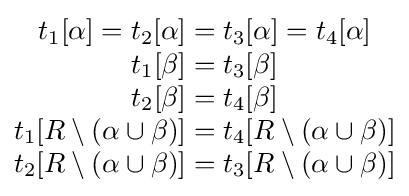
{\begin{matrix}t_{1}[\alpha ]=t_{2}[\alpha ]=t_{3}[\alpha ]=t_{4}[\alpha ]\\t_{1}[\beta ]=t_{3}[\beta ]\\t_{2}[\beta ]=t_{4}[\beta ]\\t_{1}[R\setminus (\alpha \cup \beta )]=t_{4}[R\setminus (\alpha \cup \beta )]\\t_{2}[R\setminus (\alpha \cup \beta )]=t_{3}[R\setminus (\alpha \cup \beta )]\end{matrix}}